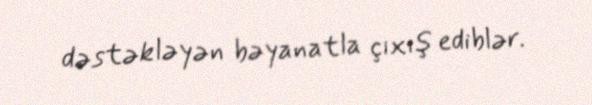
dəstəkləyən bəyanatla çıxış ediblər.